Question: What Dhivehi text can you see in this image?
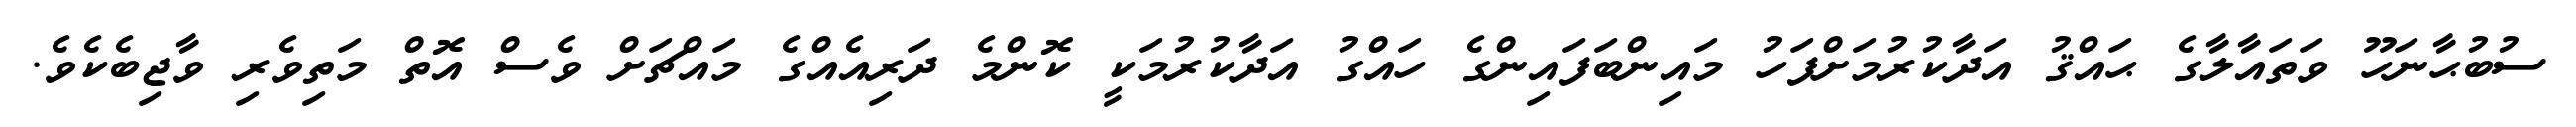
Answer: ސުބުޙާނަހޫ ވަތައާލާގެ ޙައްޤު އަދާކުރުމަށްފަހު މައިންބަފައިންގެ ހައްގު އަދާކުރުމަކީ ކޮންމެ ދަރިއެއްގެ މައްޗަށް ވެސް އޮތް މަތިވެރި ވާޖިބެކެވެ.